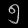
Digit: ၅